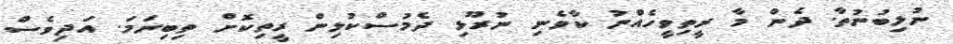
ނުލިބުނުތާ. ދެން މާ ރީތިވީހެއްނު ކާވެނި ނުރޫޅި ދެމުސްކުޅިން ރީތިކޮށް ތިބިނަމަ. އަދިވެސް